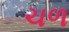
ચળ